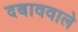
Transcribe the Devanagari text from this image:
दबाववाले